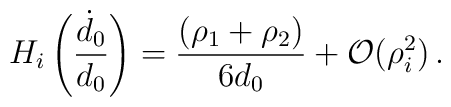
H_i\left(\frac{\dot{d}_0}{d_0}\right) = \frac{(\rho_1+\rho_2)}{6d_0} + {\cal O}(\rho_i^2)\,.